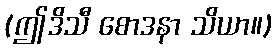
(ဤဒိသီ စောဒနာ သိယာ။)